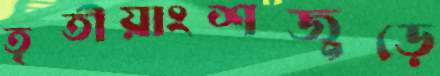
তৃতীয়াংশজুড়ে